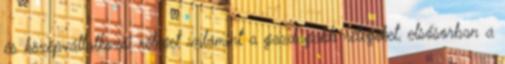
és középvállalkozói réteget valamint a gazdagabb rétegeket, elsősorban a